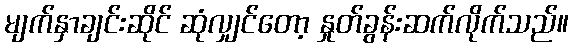
မျက်နှာချင်းဆိုင် ဆုံလျှင်တော့ နှုတ်ခွန်းဆက်လိုက်သည်။